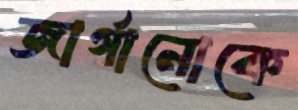
জার্গানোকে